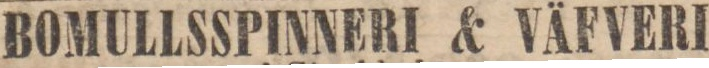
BOMULLSSPINNERI & VÄFVERI